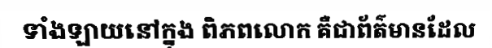
ទាំងឡាយនៅក្នុង ពិភពលោក គឺជាព័ត៌មានដែល